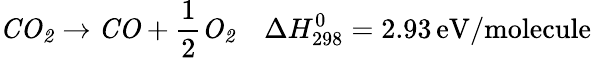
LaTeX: \mathit{CO_{2}}\rightarrow\mathit{CO}+\frac{1}{2}\mathit{O_{2}}\quad\Delta H_{\mathrm{298}}^{\mathrm{0}}=2.93\, \mathrm{eV/molecule}